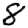
Digit: 8